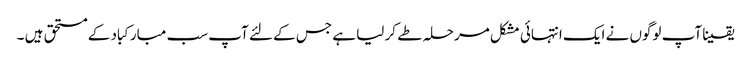
یقینا آپ لوگوں نے ایک انتہائی مشکل مرحلہ طے کر لیا ہے جس کے لئے آپ سب مبارکباد کے مستحق ہیں ۔